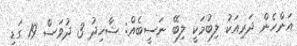
އަންހެން ދަރިއަކު ލިބުމަކީ ލިބޭ ނަސީބެއް: ޝާހިދު 3 ދުވަސް 19 ގަޑި